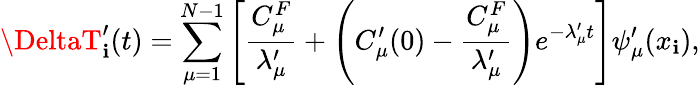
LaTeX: \DeltaT_{\mathbf{i}}^{\prime}(t)=\sum_{\mu=1}^{N-1}\left[\frac{{C_{\mu}^{F}}}{{\lambda_{\mu}^{\prime}}}+\left(C_{\mu}^{\prime}(0)-\frac{{C_{\mu}^{F}}}{{\lambda_{\mu}^{\prime}}}\right)e^{-\lambda_{\mu}^{\prime}t}\right]\psi_{\mu}^{\prime}(x_{\mathbf{i}}),